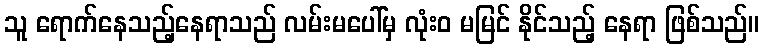
သူ ရောက်နေသည့်နေရာသည် လမ်းမပေါ်မှ လုံးဝ မမြင် နိုင်သည့် နေရာ ဖြစ်သည်။